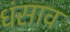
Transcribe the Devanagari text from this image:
धंसाव